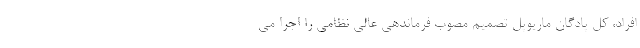
افراد، کل پادگان ماریوپل تصمیم مصوب فرماندهی عالی نظامی را اجرا می